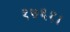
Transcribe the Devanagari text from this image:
१७६१।